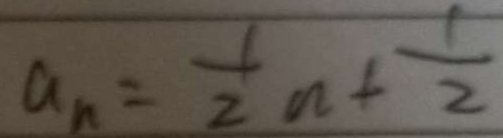
a _ { n } = \frac { 1 } { 2 } n + \frac { 1 } { 2 }